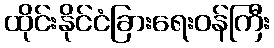
ထိုင်းနိုင်ငံခြားရေးဝန်ကြီး